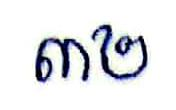
៣២